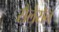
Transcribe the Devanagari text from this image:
सैलेरॉन